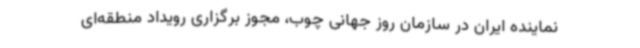
نماینده ایران در سازمان روز جهانی چوب، مجوز برگزاری رویداد منطقه‌ای